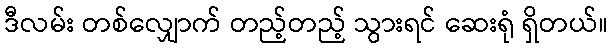
ဒီလမ်း တစ်လျှောက် တည့်တည့် သွားရင် ဆေးရုံ ရှိတယ်။